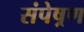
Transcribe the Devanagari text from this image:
संपेष्रण